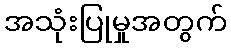
အသုံးပြုမှုအတွက်